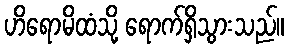
ဟိရောမိထံသို့ ရောက်ရှိသွားသည်။